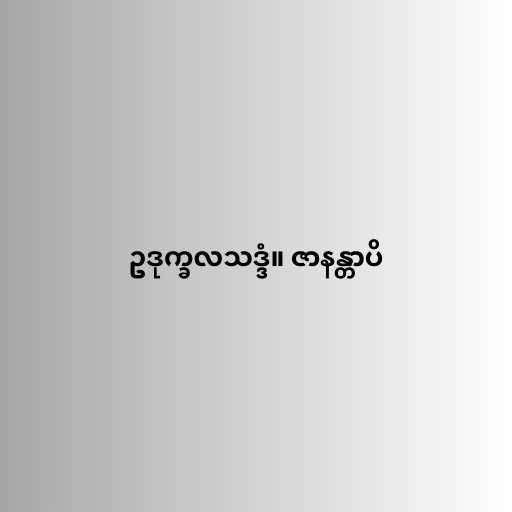
ဥဒုက္ခလသဒ္ဒံ။ ဇာနန္တာပိ